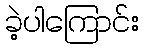
ခဲ့ပါကြောင်း